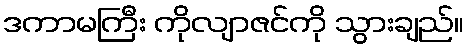
ဒကာမကြီး ကိုလျာဇင်ကို သွားချည်။